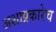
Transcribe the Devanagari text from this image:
अशाप्रकारेच